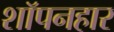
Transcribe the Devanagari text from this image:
शॉपनहार